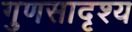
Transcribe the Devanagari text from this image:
गुणसादृश्य